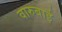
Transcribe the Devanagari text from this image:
वारुबाई